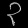
Digit: ၃